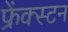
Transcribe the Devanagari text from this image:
फ्रेंक्स्टन